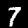
Label: 7